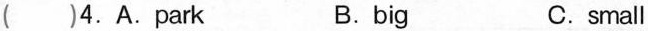
( )4.A.park B.big C.small